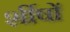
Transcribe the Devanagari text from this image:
र्शीषों